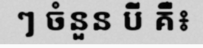
ៗ ចំនួន បី គឺ៖